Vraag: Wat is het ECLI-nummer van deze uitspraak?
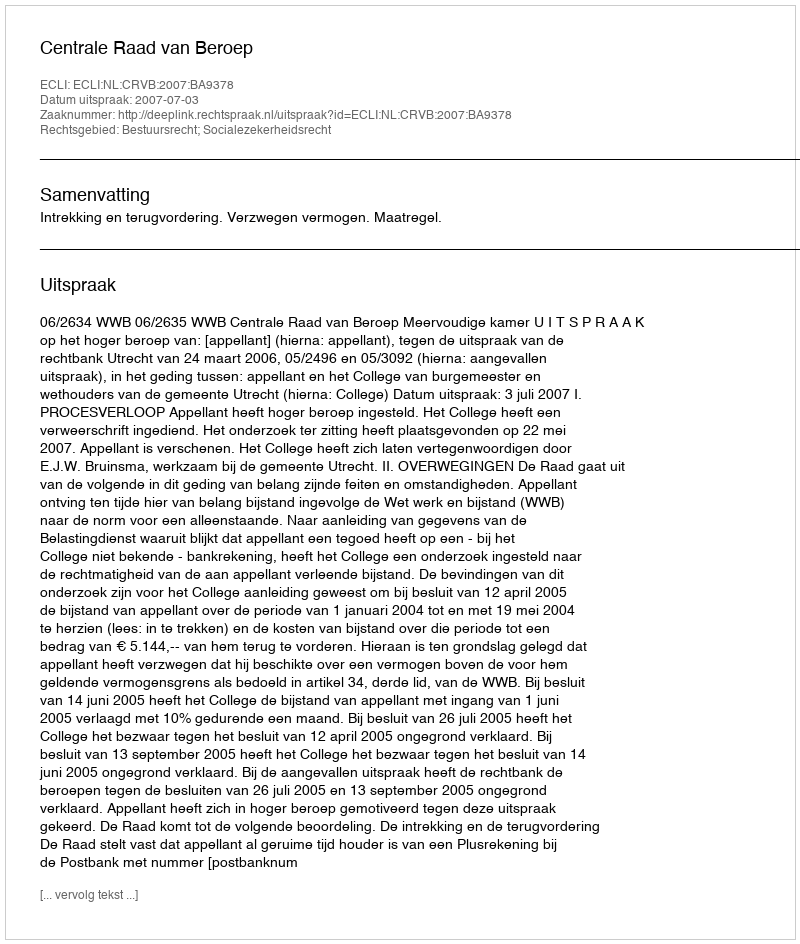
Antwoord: ECLI:NL:CRVB:2007:BA9378